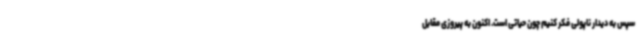
سپس به دیدار ناپولی فکر کنیم چون حیاتی است. اکنون به پیروزی مقابل